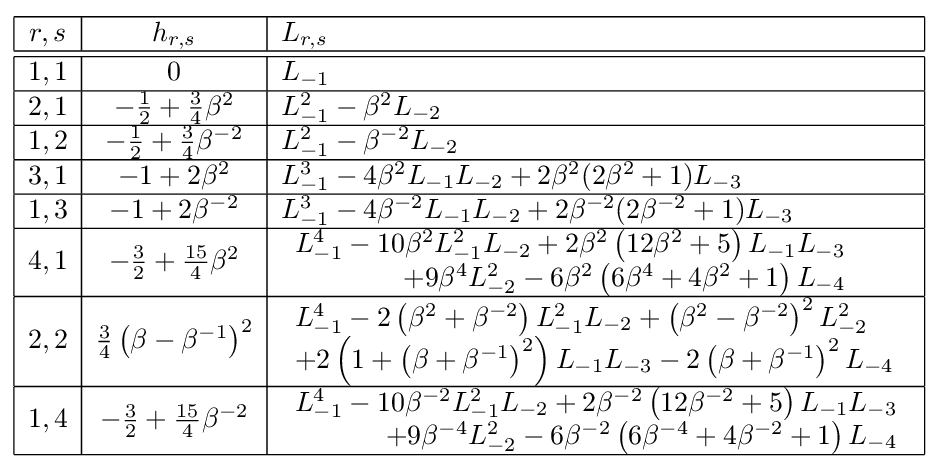
{\begin{array}{|c|c|l|}\hline r,s&h_{r,s}&L_{r,s}\\\hline \hline 1,1&0&L_{-1}\\\hline 2,1&-{\frac {1}{2}}+{\frac {3}{4}}\beta ^{2}&L_{-1}^{2}-\beta ^{2}L_{-2}\\\hline 1,2&-{\frac {1}{2}}+{\frac {3}{4}}\beta ^{-2}&L_{-1}^{2}-\beta ^{-2}L_{-2}\\\hline 3,1&-1+2\beta ^{2}&L_{-1}^{3}-4\beta ^{2}L_{-1}L_{-2}+2\beta ^{2}(2\beta ^{2}+1)L_{-3}\\\hline 1,3&-1+2\beta ^{-2}&L_{-1}^{3}-4\beta ^{-2}L_{-1}L_{-2}+2\beta ^{-2}(2\beta ^{-2}+1)L_{-3}\\\hline 4,1&-{\frac {3}{2}}+{\frac {15}{4}}\beta ^{2}&{\begin{array}{r}L_{-1}^{4}-10\beta ^{2}L_{-1}^{2}L_{-2}+2\beta ^{2}\left(12\beta ^{2}+5\right)L_{-1}L_{-3}\\+9\beta ^{4}L_{-2}^{2}-6\beta ^{2}\left(6\beta ^{4}+4\beta ^{2}+1\right)L_{-4}\end{array}}\\\hline 2,2&{\frac {3}{4}}\left(\beta -\beta ^{-1}\right)^{2}&{\begin{array}{l}L_{-1}^{4}-2\left(\beta ^{2}+\beta ^{-2}\right)L_{-1}^{2}L_{-2}+\left(\beta ^{2}-\beta ^{-2}\right)^{2}L_{-2}^{2}\\+2\left(1+\left(\beta +\beta ^{-1}\right)^{2}\right)L_{-1}L_{-3}-2\left(\beta +\beta ^{-1}\right)^{2}L_{-4}\end{array}}\\\hline 1,4&-{\frac {3}{2}}+{\frac {15}{4}}\beta ^{-2}&{\begin{array}{r}L_{-1}^{4}-10\beta ^{-2}L_{-1}^{2}L_{-2}+2\beta ^{-2}\left(12\beta ^{-2}+5\right)L_{-1}L_{-3}\\+9\beta ^{-4}L_{-2}^{2}-6\beta ^{-2}\left(6\beta ^{-4}+4\beta ^{-2}+1\right)L_{-4}\end{array}}\\\hline \end{array}}